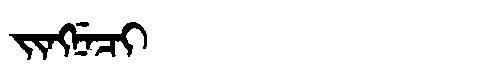
Manchu: ᠵᡳᠩᠨᡝᠴᡳ
Romanization: JINGNECI